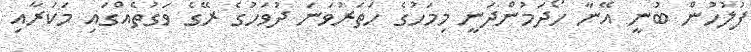
ފުލުހުން ބުނީ އޭނާ ހޯދަމުންދަނީ މިމަހުގެ ހަތަރުވަނަ ދުވަހުގެ ރޭގެ ވަގުތެއްގައި މަކަރާއި